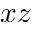
x z